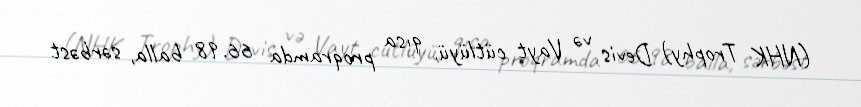
(NHK Trophy) Devis və Vayt cütlüyü, qısa proqramda 66.98 balla, sərbəst